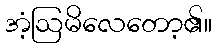
အံ့ဩမိလေတော့၏။